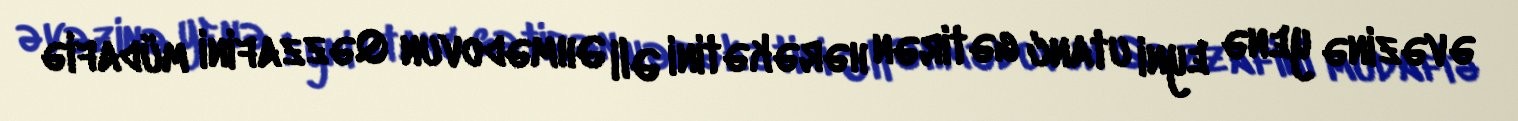
əvəzinə yenə eyni utanc gətirən hərəkətini Əli Əhmədovun Qəzzafini müdafiə